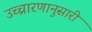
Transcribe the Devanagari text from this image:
उच्चारणानुसारी